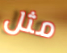
مثل